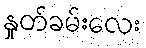
နှုတ်ခမ်းလေး